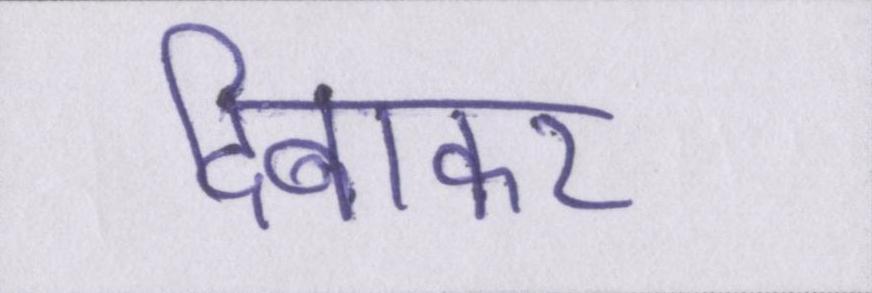
दिबाकर